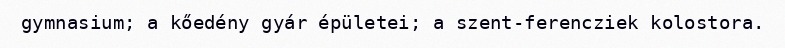
gymnasium; a kőedény gyár épületei; a szent-ferencziek kolostora.